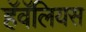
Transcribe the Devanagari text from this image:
हॅवॅलियस